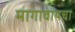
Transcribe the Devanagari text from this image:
मागावायचा